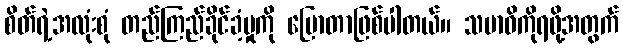
စိတ်ရဲ့အလုံးစုံ တည်ကြည်ခိုင်ခံ့မှုကို ပြောတာဖြစ်ပါတယ်။ သမာဓိကိုရဖို့အတွက်